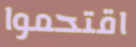
اقتحموا